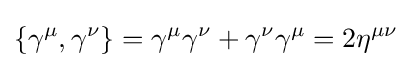
\{\gamma ^{\mu },\gamma ^{\nu }\}=\gamma ^{\mu }\gamma ^{\nu }+\gamma ^{\nu }\gamma ^{\mu }=2\eta ^{\mu \nu }